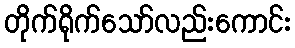
တိုက်ရိုက်သော်လည်းကောင်း